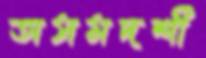
অসমদর্শী